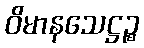
ဝိမာနသေဋ္ဌဉ္စ